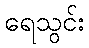
ရေသွင်း